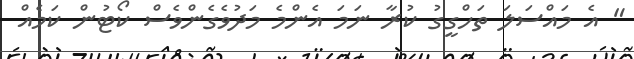
" އެ މައްސަލަ ތަހްގީގު ކުރާ ނަމަ އެންމެ މަދުވެގެންވެސް ކޯޓުން ކަމެއް